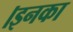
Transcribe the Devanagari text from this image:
।इनका